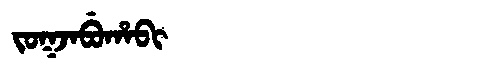
Manchu: ᠵᠣᡴᠵᠠᠪᡠᡥᠠᠪᡳ
Romanization: JOKJABUHABI